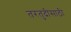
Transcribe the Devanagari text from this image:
तरतुदीसाठी